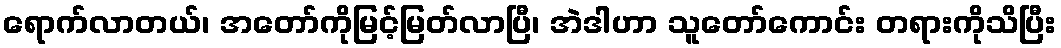
ရောက်လာတယ်၊ အတော်ကိုမြင့်မြတ်လာပြီ၊ အဲဒါဟာ သူတော်ကောင်း တရားကိုသိပြီး